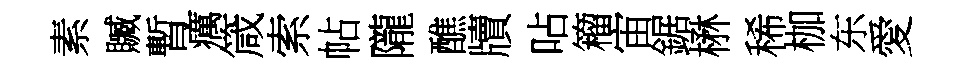
素贓暫癘箴索帖隴醮牘呫籕宙鋸楙稀枷东愛